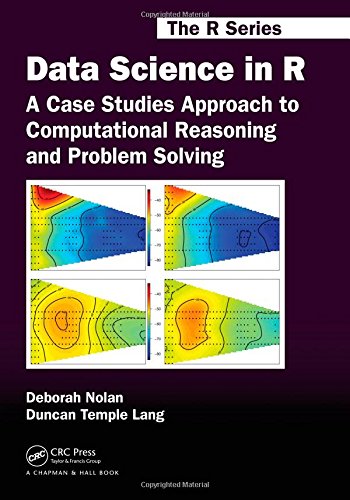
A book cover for Data Science in R: A Case Studies Approach to Computational Reasoning and Problem Solving (Chapman & Hall/CRC The R Series); Deborah Nolan; Computers & Technology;